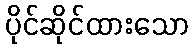
ပိုင်ဆိုင်ထားသော